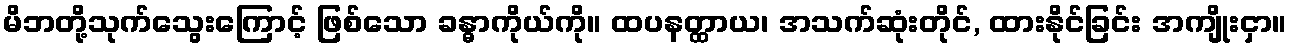
မိဘတို့သုက်သွေးကြောင့် ဖြစ်သော ခန္ဓာကိုယ်ကို။ ထပနတ္ထာယ၊ အသက်ဆုံးတိုင်, ထားနိုင်ခြင်း အကျိုးငှာ။